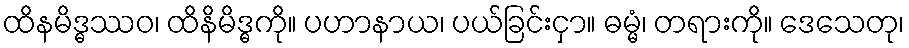
ထိနမိဒ္ဓဿဝ၊ ထိနိမိဒ္ဓကို။ ပဟာနာယ၊ ပယ်ခြင်းငှာ။ ဓမ္မံ၊ တရားကို။ ဒေသေတု၊